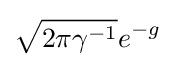
{\sqrt {2\pi \gamma ^{-1}}}e^{-g}